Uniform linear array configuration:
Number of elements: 32
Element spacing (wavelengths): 0.5
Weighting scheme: kaiser
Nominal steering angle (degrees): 0
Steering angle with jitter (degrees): -0.1404
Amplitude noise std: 0.05
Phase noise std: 0.05

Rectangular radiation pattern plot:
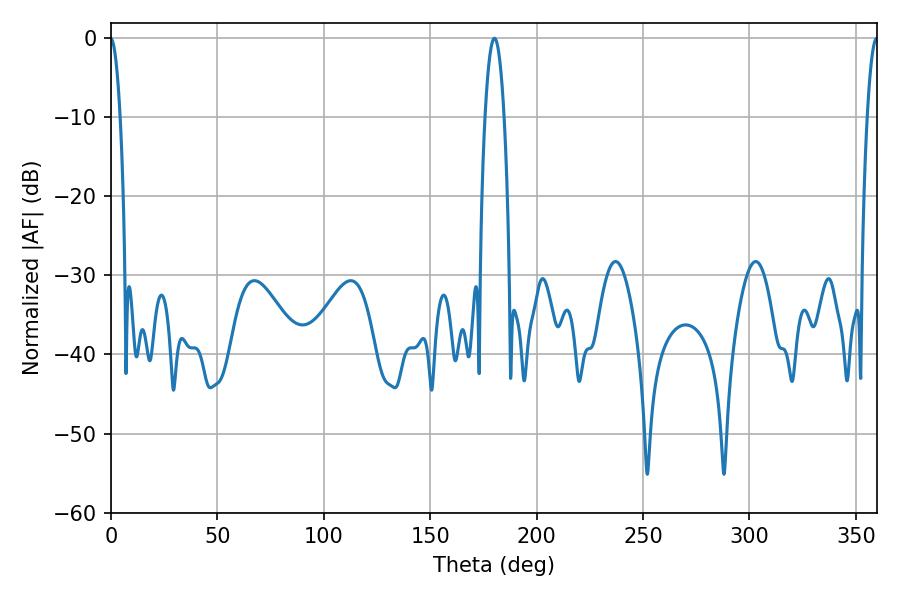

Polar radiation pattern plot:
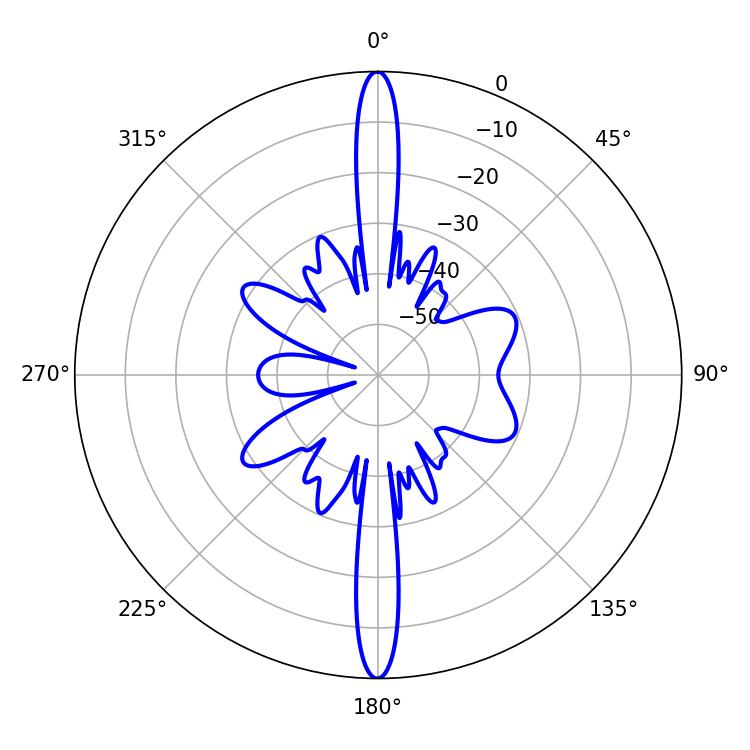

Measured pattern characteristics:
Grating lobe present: FALSE
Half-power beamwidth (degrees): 5.04
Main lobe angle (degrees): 180.18